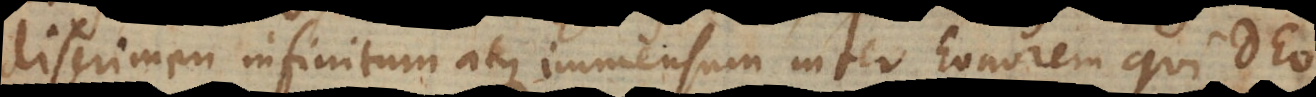
discrimen infinitum atque immensum inter honorem qui Deo